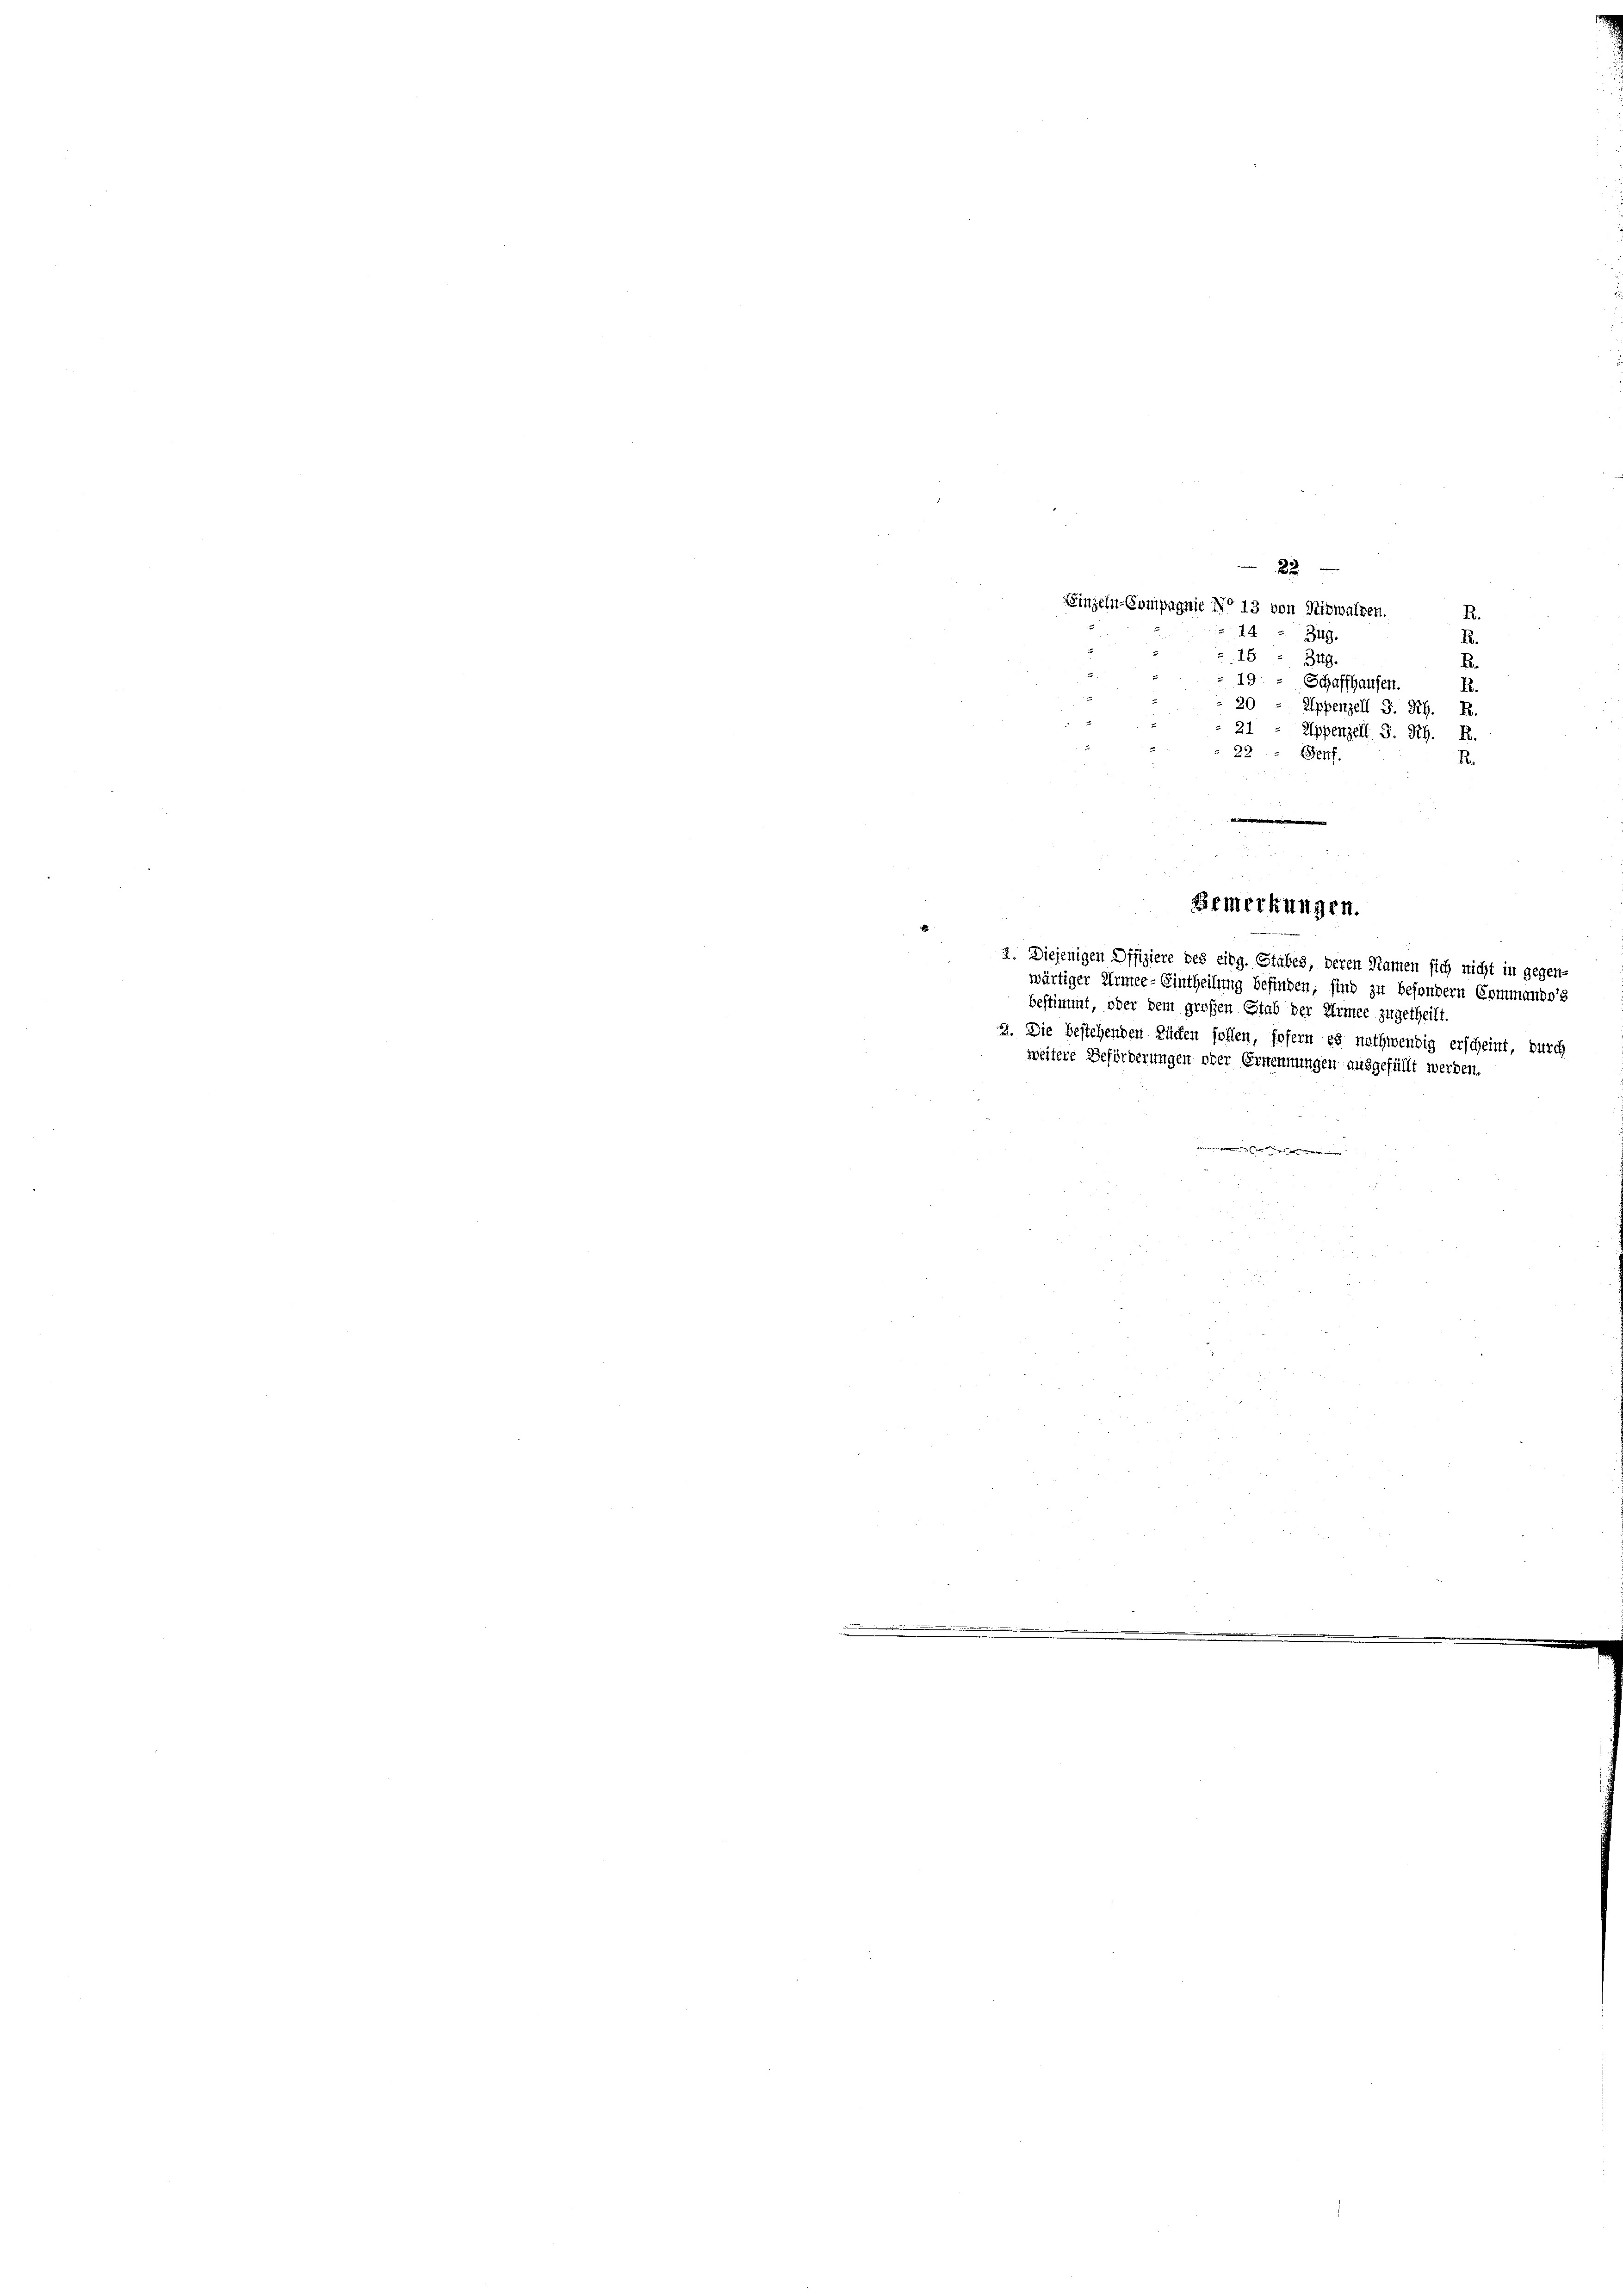
22
Einzeln-Compagnie No 13 von Nidwalden.
R.
44.
349
R.
15
349.
19
Schaffhausen.
R.
Appenzell S. R. R
Appenzell S. R. R.
 22 " Genf.
.

d

2. Diejenigen Offiziere des eing. Stabes, deren Namen sich nicht in gegen-
wärtiger Armee-Eintheilung befinden, sind zu besondern Commande
bestimmt, oder dem großen Stab der Armee zugetheilt.

Bemerkungen.

2. Die bestehenden Küchen sollen, sofern es nothwendig erscheint, durch
weitere Beförderungen oder Ernennungen ausgefüllt werden.
.

E